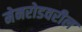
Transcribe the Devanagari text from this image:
मेनरोडवरील